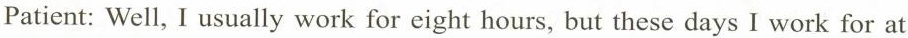
Patient: Well, I usually work for eight hours, but these days I work for at